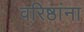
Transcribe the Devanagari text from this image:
वरिष्ठांना